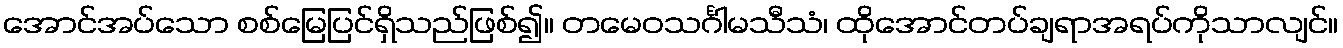
အောင်အပ်သော စစ်မြေပြင်ရှိသည်ဖြစ်၍။ တမေဝသင်္ဂါမသီသံ၊ ထိုအောင်တပ်ချရာအရပ်ကိုသာလျင်။